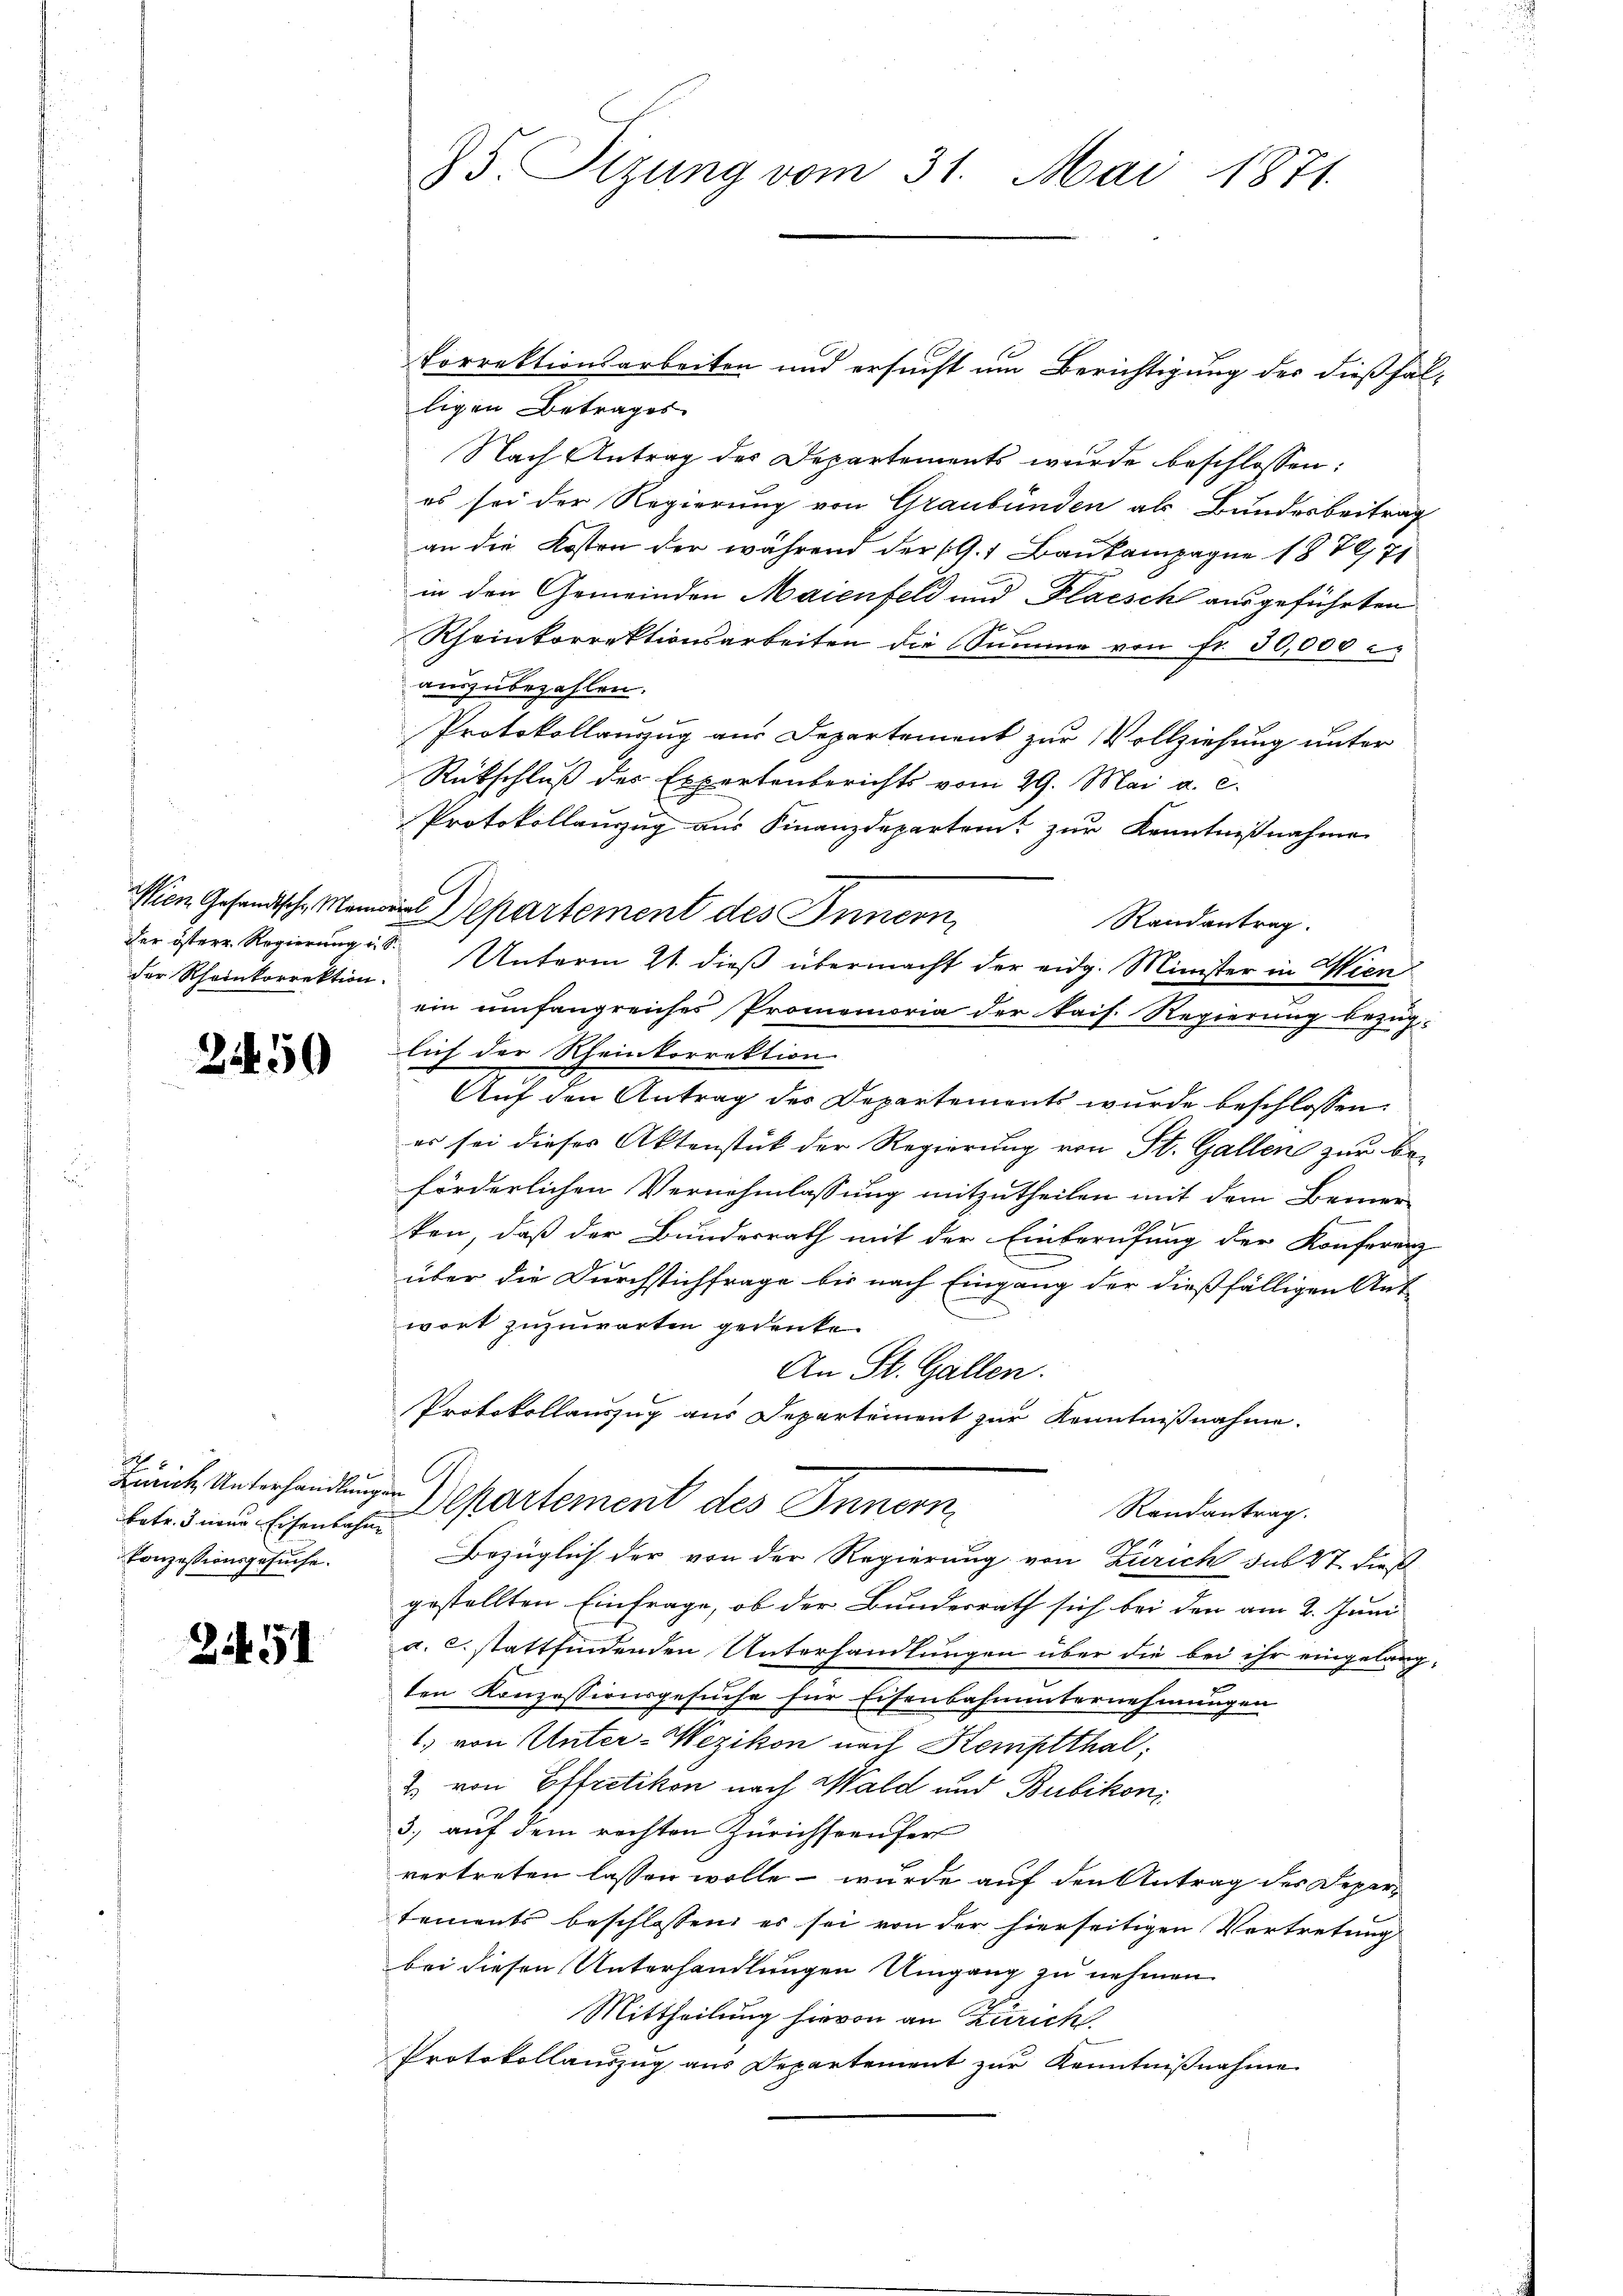
der österr. Regierung in S.
der Rheinkorrektion.

2450

2
betr. 3 neue Eisenbahn
Conzessionsgesuche.

Zif. 51

Porrektionsarbeiten und ersucht um Berichtigung des dießfalligen Betrages
Nach Antrag des Departements wurde beschlossen:
es sei der Regierung von Graubünden als Bundesbeitrag
an die Kosten der während der (G.1 Baukampagne 1879, 71
in den Gemeinden Maienfeld und Placsch ausgeführten
Rheinkorrektionsarbeiten die Summe von Fr. 30,000
auszubezahlen.
Protokollanzug aus Departement zur Vollziehung unter
Rückschluß des Expertenberichts vom 29. Mai a. c.
Protokollanzzug aus Finanzdepartem zur Kenntnißnahme
Randantrag.
Unterm 21. dieß übermacht der eidg. Minister in Wien
ein umfangreiches Promemoria der kais. Regierung bezüg-
lich der Rheinkorrektion
Auf den Antrag des Departements wurde beschlossen:
er sei dieses Aktenstück der Regierung von St. Gallen zur Beförderlichen Vernehmlassung mitzutheilen mit dem Bemerken, daß der Bundesrath mit der Einberufung der Konferenz
über die Durchstichfrage bis nach Eingang der dießfälligen Ant-
wort zuzuwarten gedenke.
An St. Gallen.
Protokollauszug aus Departement zur Kenntnißnahme.
Bunde Unterhandlungen Separtement des Innern
Randantrag.
Bezüglich der von der Regierung von Zürich sub 27 dies
gestellten Einfrage, ob der Bundesrath sich bei den am 2. Juni
a. c. stattfindenden Unterhandlungen über die bei ihr eingelang-
ten Konzessionsgesuche für Eisenbahnunternehmungen
1. von Unter-Wezikon nach Kemptthal,
2. von Effretikon nach Wald und Bubikon
3.) auf dem rechten Zürichseeufer
vertreten lassen wolle – wurde auf den Antrag des Departements beschlossen, es sei von der hierseitigen Vortretung
bei diesen Unterhandlungen Umgang zu nehmen.
Mittheilung hievon an Zürich
Protokollauszug aus Departement zur Kenntnißnahme

85. Sizung vom 31. Mai 1871.

Wien Gesandtsche Memoins Departement des Innern,